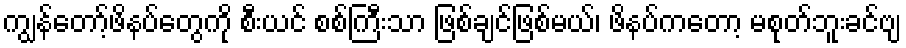
ကျွန်တော့်ဖိနပ်တွေကို စီးယင် စစ်ကြီးသာ ဖြစ်ချင်ဖြစ်မယ်၊ ဖိနပ်ကတော့ မစုတ်ဘူးခင်ဗျ